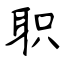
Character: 职